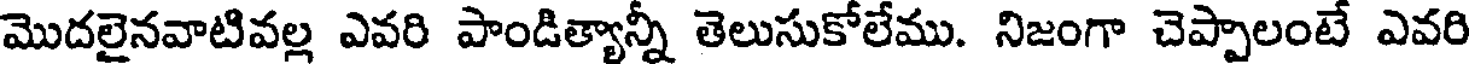
మొదలైనవాటివల్ల ఎవరి పాండిత్యాన్నీ తెలుసుకోలేము. నిజంగా చెప్పాలంటే ఎవరి